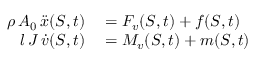
\begin{array} { r l } { \rho \, A _ { 0 } \, \ddot { x } ( S , t ) } & { { } = F _ { v } ( S , t ) + f ( S , t ) } \\ { l \, J \, \dot { v } ( S , t ) } & { { } = M _ { v } ( S , t ) + m ( S , t ) } \end{array}